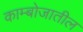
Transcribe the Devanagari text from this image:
काम्बोजातील